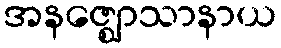
အနဇ္ဈောသာနာယ